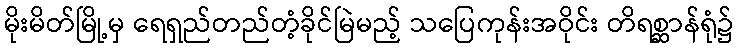
မိုးမိတ်မြို့မှ ရေရှည်တည်တံ့ခိုင်မြဲမည့် သပြေကုန်းအဝိုင်း တိရစ္ဆာန်ရုံ၌